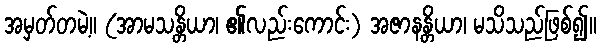
အမှတ်တမဲ့။ (အာမသန္တိယာ၊ ၏လည်းကောင်း) အဇာနန္တိယာ၊ မသိသည်ဖြစ်၍။